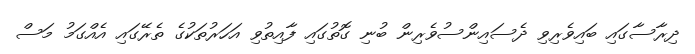
ދިރާސާގައި ބައިވެރިވި ދެސައިންސުވެރިން ބުނި ގޮތުގައި ފާއިތުވި އަހަރުތަކުގެ ތެރޭގައި އެއްގަމު މަސް